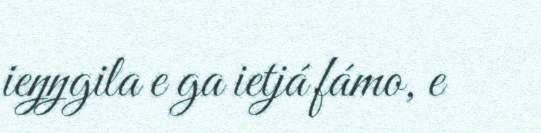
ieŋŋgila e ga ietjá fámo, e